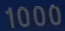
1000